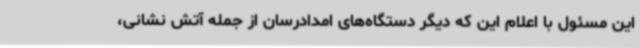
این مسئول با اعلام این که دیگر دستگاه‌های امدادرسان از جمله آتش نشانی،